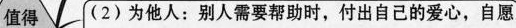
值得 (2)为他人：别人需要帮助时，付出自己的爱心，自愿